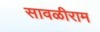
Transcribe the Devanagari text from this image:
सावळीराम